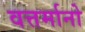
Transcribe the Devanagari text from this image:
वत्तर्मानो